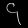
Digit: ၄